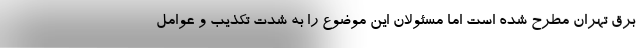
برق تهران مطرح شده است اما مسئولان این موضوع را به شدت تکذیب و عوامل